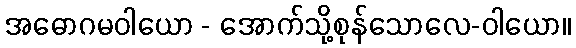
အဓောဂမဝါယော - အောက်သို့စုန်သောလေ-ဝါယော။